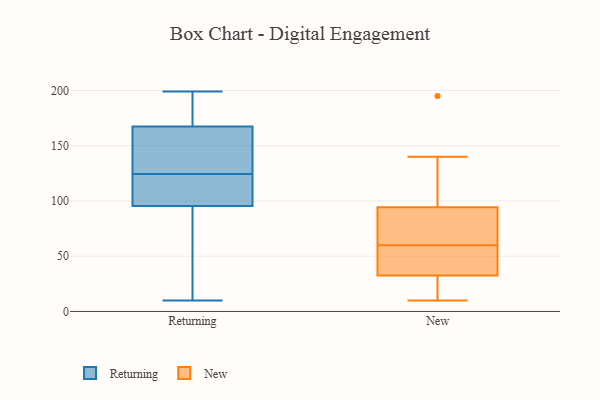
{"axis": {"x": "Net Income (USD K)", "y": "Value"}, "legend": ["New", "Returning"], "data": [{"x": "", "y": 110, "type": "Returning"}, {"x": "", "y": 174, "type": "Returning"}, {"x": "", "y": 127, "type": "Returning"}, {"x": "", "y": 91, "type": "Returning"}, {"x": "", "y": 199, "type": "Returning"}, {"x": "", "y": 112, "type": "Returning"}, {"x": "", "y": 83, "type": "Returning"}, {"x": "", "y": 177, "type": "Returning"}, {"x": "", "y": 100, "type": "Returning"}, {"x": "", "y": 10, "type": "Returning"}, {"x": "", "y": 75, "type": "Returning"}, {"x": "", "y": 148, "type": "Returning"}, {"x": "", "y": 167, "type": "Returning"}, {"x": "", "y": 122, "type": "Returning"}, {"x": "", "y": 168, "type": "Returning"}, {"x": "", "y": 158, "type": "Returning"}, {"x": "", "y": 89, "type": "New"}, {"x": "", "y": 140, "type": "New"}, {"x": "", "y": 30, "type": "New"}, {"x": "", "y": 44, "type": "New"}, {"x": "", "y": 96, "type": "New"}, {"x": "", "y": 73, "type": "New"}, {"x": "", "y": 10, "type": "New"}, {"x": "", "y": 66, "type": "New"}, {"x": "", "y": 56, "type": "New"}, {"x": "", "y": 19, "type": "New"}, {"x": "", "y": 60, "type": "New"}, {"x": "", "y": 10, "type": "New"}, {"x": "", "y": 132, "type": "New"}, {"x": "", "y": 40, "type": "New"}, {"x": "", "y": 195, "type": "New"}]}